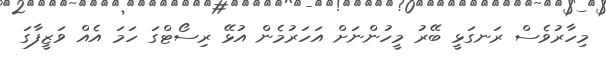
މިހާރުވެސް ރަނގަޅީ ބޭރު މީހުންނަށް އަހަރުމެން އުޅޭ ރިސޯޓްގަ ހަމަ އެއް ވަޒީފާގަ